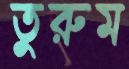
তুরুম